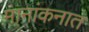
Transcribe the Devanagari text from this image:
मानांकनात